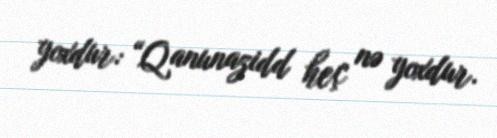
yoxdur: “Qanunazidd heç nə yoxdur.